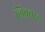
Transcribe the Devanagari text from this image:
लिक्वार